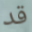
قد